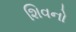
શિવનો